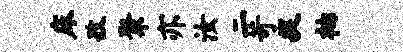
床孜聚亦汝二苛捉衲